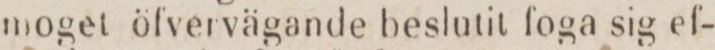
moget öfvervägande beslutit foga sig ef-